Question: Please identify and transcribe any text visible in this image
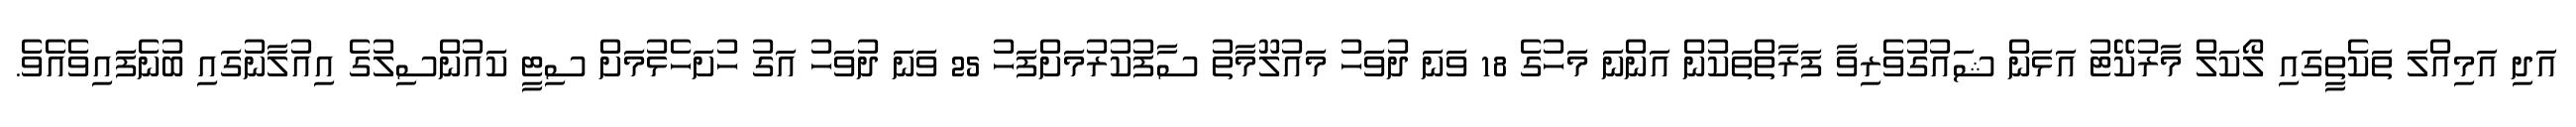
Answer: އަދި އަމިއްލަ ތަކެތީގައި ލޯކަލް މާރުކޭޓު އަޅަން ޝައުގުވެރިވާ ފަރާތްތަކުން އަންނަ މަހުގެ 18 ވަނަ ދުވަހު މައުލޫމާތު ސާފުކުރުމަށްފަހު 25 ވަނަ ދުވަހު އަގު ހުށަހެޅުމަށް ސިޓީ ކައުންސިލުގެ އިއުލާނުގައި ބުނެފައިވެއެވެ.